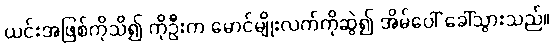
ယင်းအဖြစ်ကိုသိ၍ ကိုဦးက မောင်မျိုးလက်ကိုဆွဲ၍ အိမ်ပေါ် ခေါ်သွားသည်။